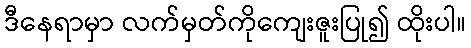
ဒီနေရာမှာ လက်မှတ်ကိုကျေးဇူးပြု၍ ထိုးပါ။